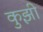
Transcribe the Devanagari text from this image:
कुझी